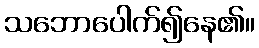
သဘောပေါက်၍နေ၏။